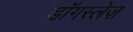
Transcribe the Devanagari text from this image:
डॉगस्लेज़